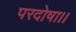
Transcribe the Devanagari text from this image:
परदोषा।।